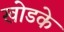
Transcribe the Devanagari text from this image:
खोडके